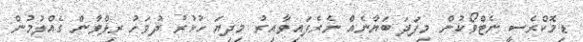
ޑިމޮކްރެސީ ނެޓްވޯކުން މިފަދަ ބަޔާނެއް ނެރެފައިވާއިރު މިދިޔަ ހުކުރު ދުވަހު ރިލްވާން ގެއްލުމުން